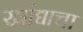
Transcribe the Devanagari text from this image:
खांद्याचा